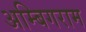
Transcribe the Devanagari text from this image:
अम्बिगराम